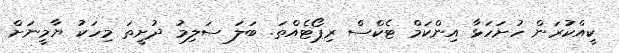
ކީއްކުރަން ހުށަހަޅާ އިންކަމް ޓެކްސް ރިޕޯޓެއްތަ. ބަލަ ސަލިމު ދުށީތަ މިހަކު ޔާމީނަށް